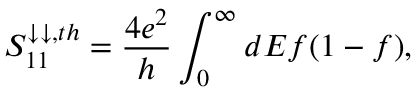
{ S _ { 1 1 } ^ { \downarrow \downarrow , t h } = \frac { 4 e ^ { 2 } } { h } \int _ { 0 } ^ { \infty } d E f ( 1 - f ) } ,